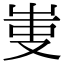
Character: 𠭏